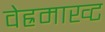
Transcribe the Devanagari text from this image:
वेह्रमाख्ट